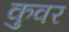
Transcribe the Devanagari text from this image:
कुवर